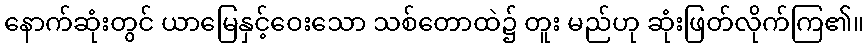
နောက်ဆုံးတွင် ယာမြေနှင့်ဝေးသော သစ်တောထဲ၌ တူး မည်ဟု ဆုံးဖြတ်လိုက်ကြ၏။